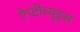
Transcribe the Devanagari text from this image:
ऐप्टीच्यूड्स